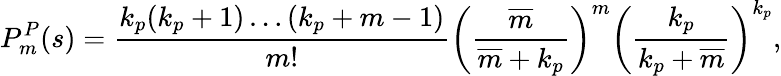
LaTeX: P_{m}^{P}(s)=\frac{k_{p}(k_{p}+1)\dots(k_{p}+m-1)}{m!}\left(\frac{\overline{{m}}}{\overline{{m}}+k_{p}}\right)^{m}\left(\frac{k_{p}}{k_{p}+\overline{{m}}}\right)^{k_{p}},